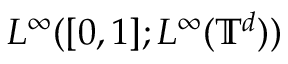
L ^ { \infty } ( [ 0 , 1 ] ; L ^ { \infty } ( \ensuremath { \mathbb { T } } ^ { d } ) )